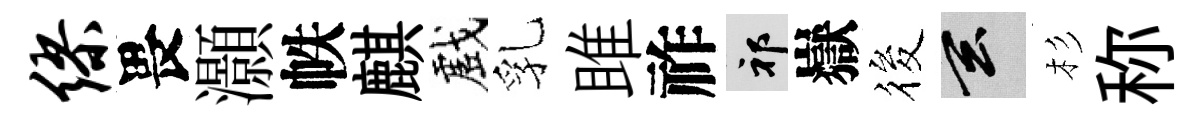
缪畏灝帙麒戲乳雎祚祁嶽筱玄杉称